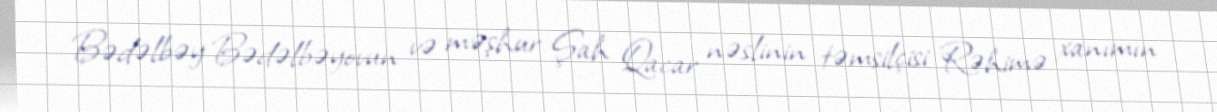
Bədəlbəy Bədəlbəyovun və məşhur Şah Qacar nəslinin təmsilçisi Rəhimə xanımın